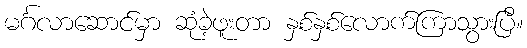
မင်္ဂလာဆောင်မှာ ဆုံခဲ့ဖူးတာ နှစ်နှစ်လောက်ကြာသွားပြီ။